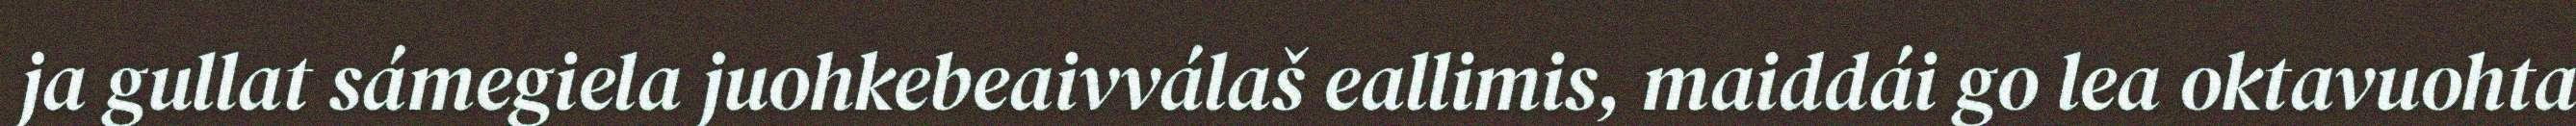
ja gullat sámegiela juohkebeaivválaš eallimis, maiddái go lea oktavuohta